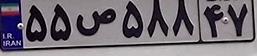
۵۵ص۵۸۸۴۷